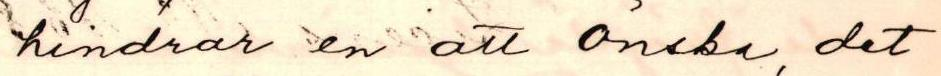
hindrar en att önska, det